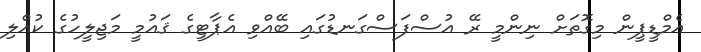
އެމްޑީޕީން މިގޮތަށް ނިންމީ ރޭ އުސްފަސްގަނޑުގައި ބޭއްވި އެޕާޓީގެ ޤައުމީ މަޖިލީހުގެ ކުއްލި